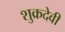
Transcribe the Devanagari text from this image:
शुक्रदेवी